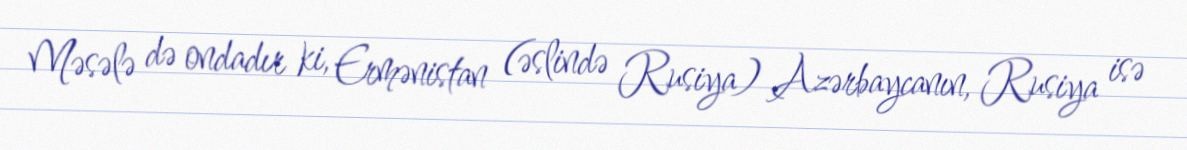
Məsələ də ondadır ki, Ermənistan (əslində Rusiya) Azərbaycanın, Rusiya isə